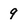
Character: 9